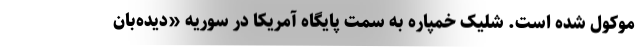
موکول شده است. شلیک خمپاره به سمت پایگاه آمریکا در سوریه «دیده‌بان